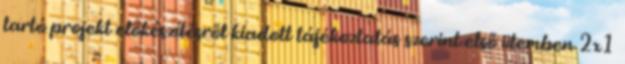
tartó projekt előkészítésről kiadott tájékoztatás szerint első ütemben 2x1